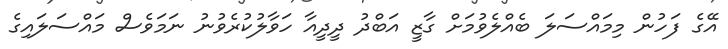
އޭގެ ފަހުން މިމައްސަލަ ބެއްލެވުމަށް ގާޒީ އަބްދު ދީދީއާ ހަވާލުކުރެވުނު ނަމަވެސް މައްސަލައިގެ